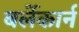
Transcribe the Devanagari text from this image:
बर्लेकार्न